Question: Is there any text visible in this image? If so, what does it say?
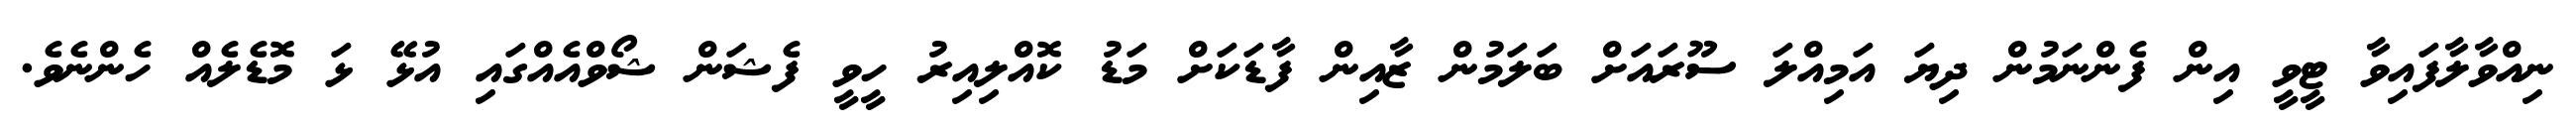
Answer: ނިއްވާލާފައިވާ ޓީވީ އިން ފެންނަމުން ދިޔަ އަމިއްލަ ސޫރައަށް ބަލަމުން ޒާއިން ފާޑަކަށް މަޑު ކޮއްލިއިރު ހީވީ ފެޝަން ޝޯވްއެއްގައި އުޅޭ ޅަ މޮޑެލެއް ހެންނެވެ.